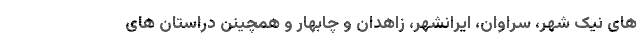
های نیک شهر، سراوان، ایرانشهر، زاهدان و چابهار و همچینن دراستان های